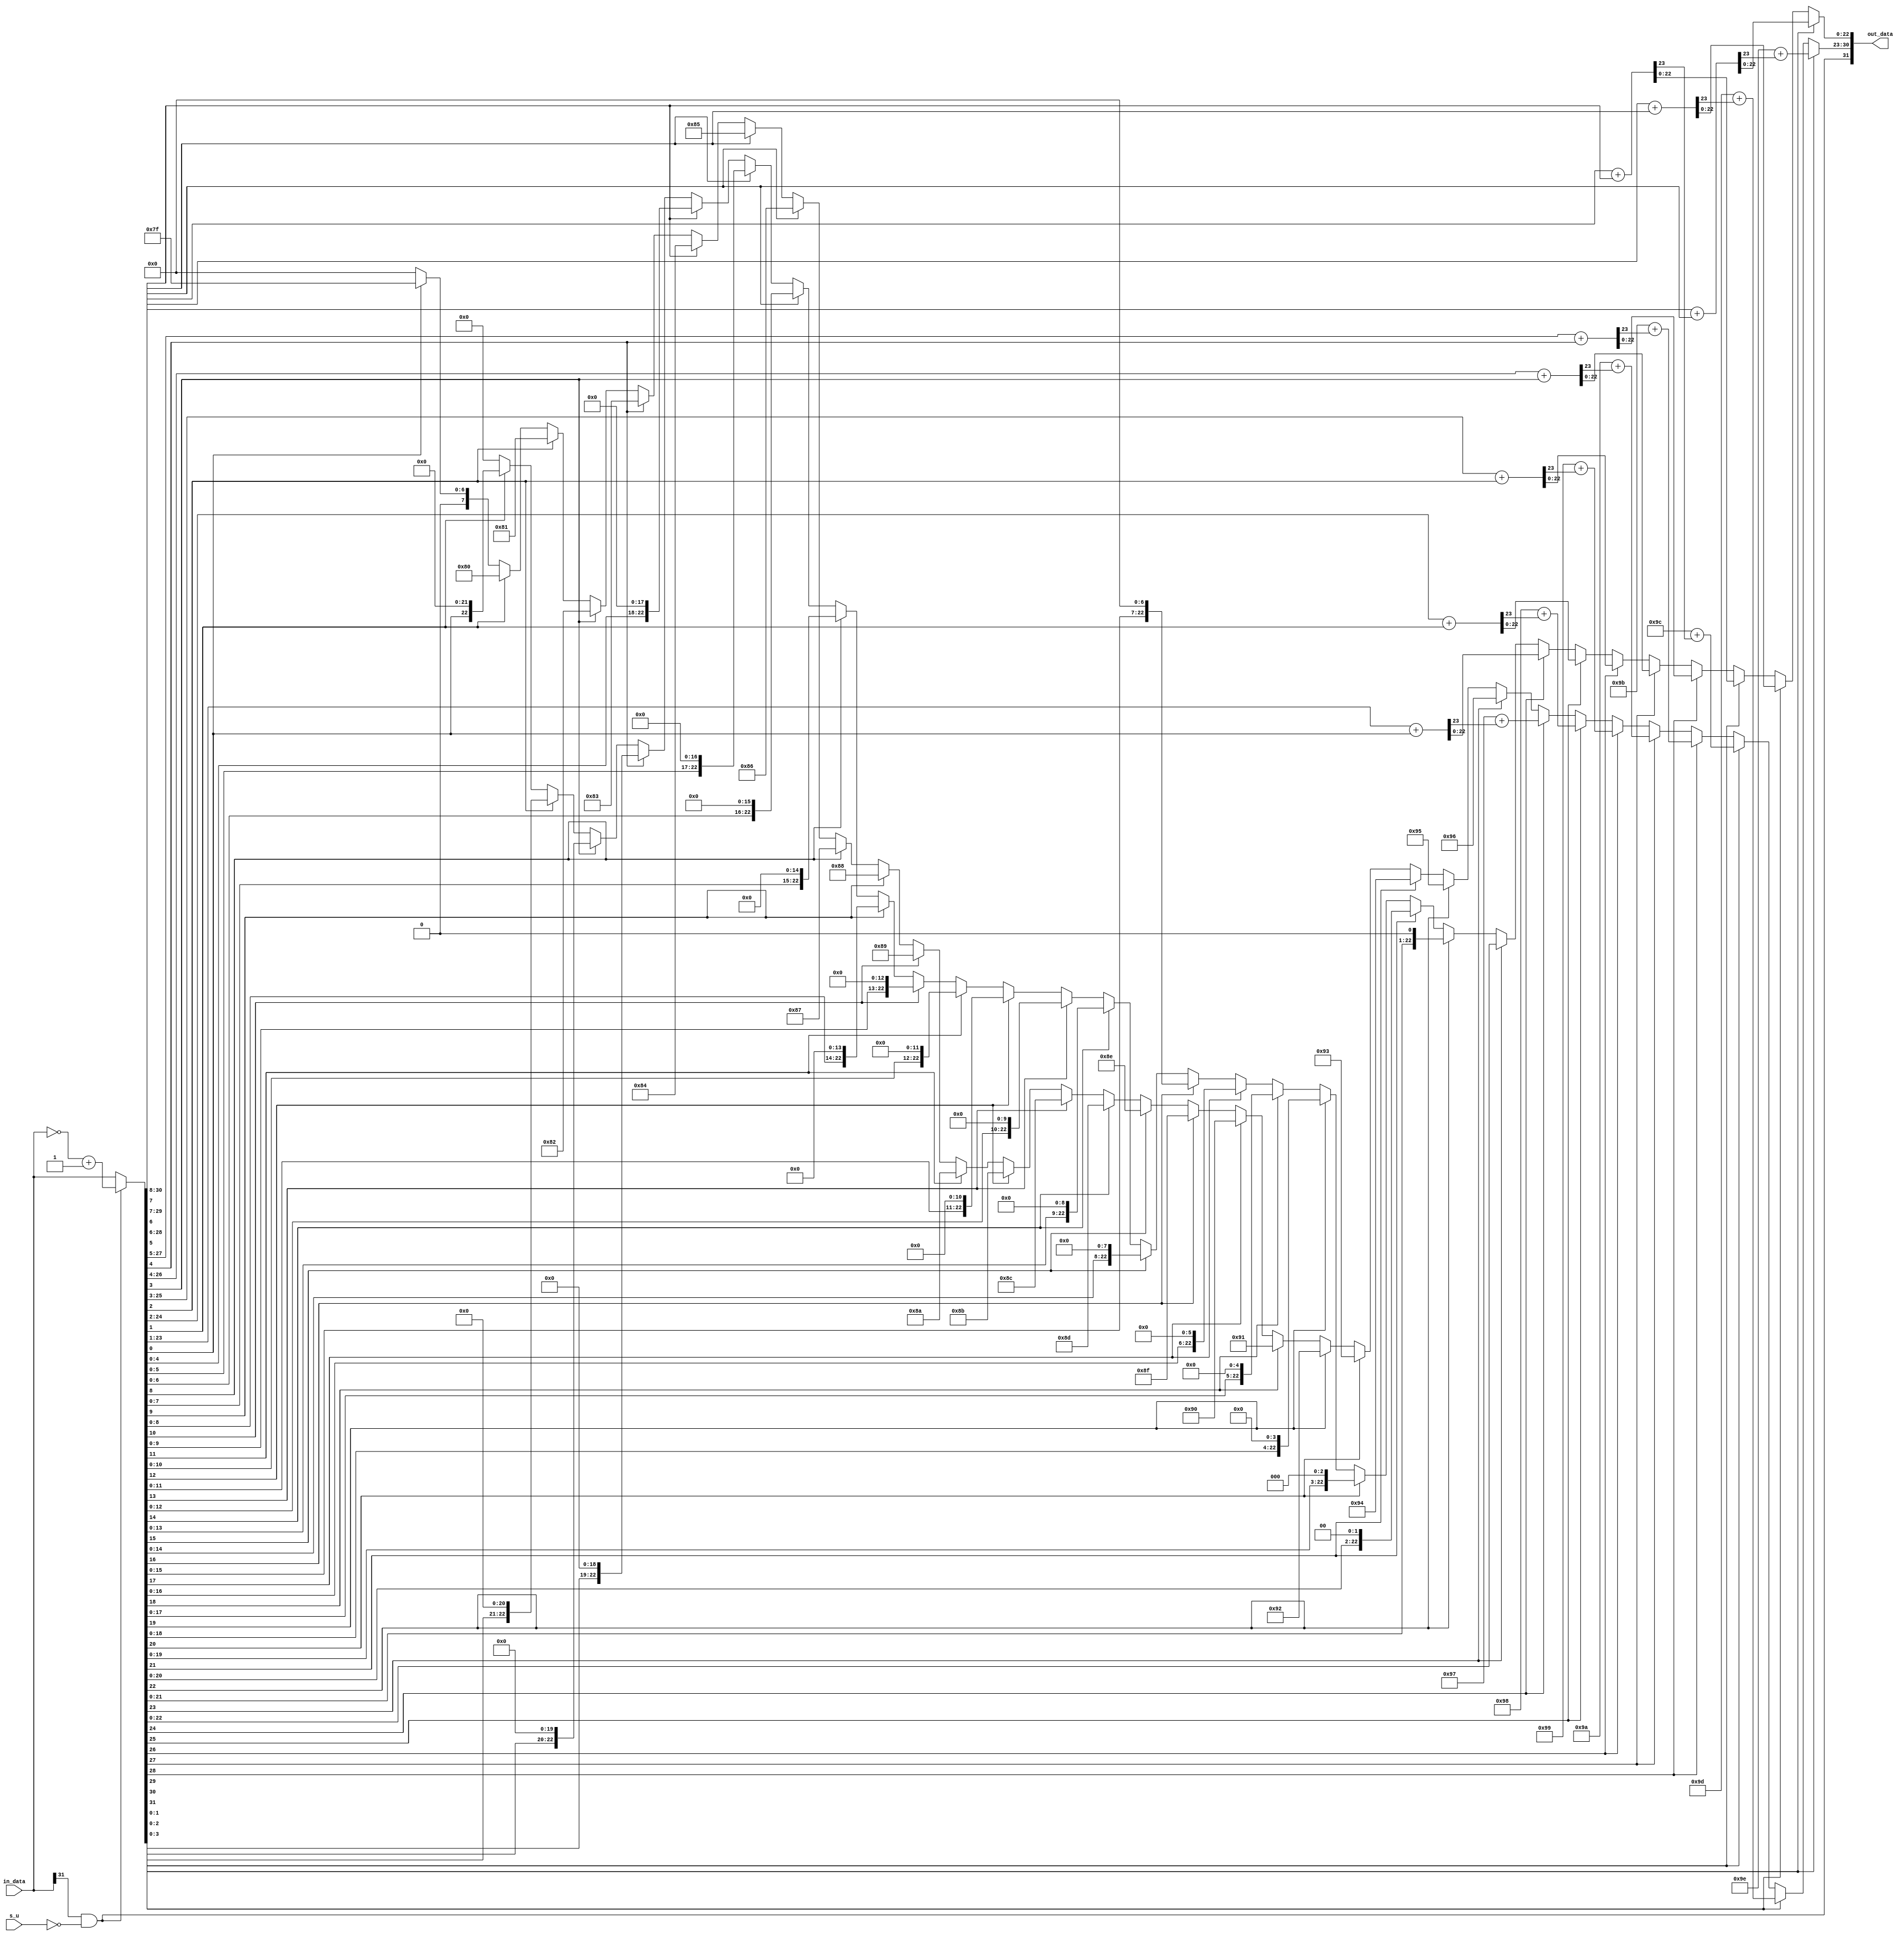
//Convert 32-bit signed/unsignd integer into 32-bit floating point number. 
//s_u ==0  (signd) 
//s_u ==1  (unsignd)
module fp_cvt_i_f (input s_u, input [31:0] in_data, output [31:0] out_data);
wire fp_sign;
reg [7:0] fp_exp;
reg [22:0] fp_man;
wire [31:0] integer_num;
reg c;

assign integer_num = (in_data[31] & !s_u) ? (~ in_data + 1'b1) : in_data  ;
assign fp_sign = in_data[31] & !s_u;

always @(*) begin
c=1'b0;
     if(integer_num[31]) 	begin {c,fp_man}= integer_num[30:8]+integer_num[7]; 	fp_exp=8'd127+5'd31+c; end
else if(integer_num[30]) 	begin {c,fp_man}= integer_num[29:7]+integer_num[6]; 	fp_exp=8'd127+5'd30+c; end
else if(integer_num[29]) 	begin {c,fp_man}= integer_num[28:6]+integer_num[5]; 	fp_exp=8'd127+5'd29+c; end
else if(integer_num[28]) 	begin {c,fp_man}= integer_num[27:5]+integer_num[4]; 	fp_exp=8'd127+5'd28+c; end
else if(integer_num[27]) 	begin {c,fp_man}= integer_num[26:4]+integer_num[3]; 	fp_exp=8'd127+5'd27+c; end
else if(integer_num[26]) 	begin {c,fp_man}= integer_num[25:3]+integer_num[2]; 	fp_exp=8'd127+5'd26+c; end
else if(integer_num[25]) 	begin {c,fp_man}= integer_num[24:2]+integer_num[1];  	fp_exp=8'd127+5'd25+c; end
else if(integer_num[24]) 	begin {c,fp_man}= integer_num[23:1]+integer_num[0];    fp_exp=8'd127+5'd24+c; end
else if(integer_num[23]) 	begin    fp_man= integer_num[22:0];       				fp_exp=8'd127+5'd23; end
else if(integer_num[22]) 	begin    fp_man={integer_num[21:0],1'd0}; 				fp_exp=8'd127+5'd22; end
else if(integer_num[21]) 	begin    fp_man={integer_num[20:0],2'd0}; 				fp_exp=8'd127+5'd21; end
else if(integer_num[20]) 	begin    fp_man={integer_num[19:0],3'd0}; 				fp_exp=8'd127+5'd20; end
else if(integer_num[19]) 	begin    fp_man={integer_num[18:0],4'd0}; 				fp_exp=8'd127+5'd19; end
else if(integer_num[18]) 	begin    fp_man={integer_num[17:0],5'd0}; 				fp_exp=8'd127+5'd18; end
else if(integer_num[17]) 	begin    fp_man={integer_num[16:0],6'd0}; 				fp_exp=8'd127+5'd17; end
else if(integer_num[16]) 	begin    fp_man={integer_num[15:0],7'd0}; 				fp_exp=8'd127+5'd16; end
else if(integer_num[15]) 	begin    fp_man={integer_num[14:0],8'd0}; 				fp_exp=8'd127+5'd15; end
else if(integer_num[14]) 	begin    fp_man={integer_num[13:0],9'd0}; 				fp_exp=8'd127+5'd14; end
else if(integer_num[13]) 	begin    fp_man={integer_num[12:0],10'd0};				fp_exp=8'd127+5'd13; end
else if(integer_num[12]) 	begin    fp_man={integer_num[11:0],11'd0};				fp_exp=8'd127+5'd12; end
else if(integer_num[11]) 	begin    fp_man={integer_num[10:0],12'd0};				fp_exp=8'd127+5'd11; end
else if(integer_num[10]) 	begin    fp_man={integer_num[9:0],13'd0}; 				fp_exp=8'd127+5'd10; end
else if(integer_num[9])  	begin    fp_man={integer_num[8:0],14'd0}; 				fp_exp=8'd127+5'd9; end
else if(integer_num[8])  	begin    fp_man={integer_num[7:0],15'd0}; 				fp_exp=8'd127+5'd8; end
else if(integer_num[7])  	begin    fp_man={integer_num[6:0],16'd0}; 				fp_exp=8'd127+5'd7; end
else if(integer_num[6])  	begin    fp_man={integer_num[5:0],17'd0}; 				fp_exp=8'd127+5'd6; end
else if(integer_num[5])  	begin    fp_man={integer_num[4:0],18'd0}; 				fp_exp=8'd127+5'd5; end
else if(integer_num[4])  	begin    fp_man={integer_num[3:0],19'd0}; 				fp_exp=8'd127+5'd4; end
else if(integer_num[3])  	begin    fp_man={integer_num[2:0],20'd0}; 				fp_exp=8'd127+5'd3; end
else if(integer_num[2])  	begin    fp_man={integer_num[1:0],21'd0}; 				fp_exp=8'd127+5'd2; end
else if(integer_num[1])  	begin    fp_man={integer_num[0],22'd0};   				fp_exp=8'd127+5'd1; end
else if(integer_num[0])  	begin    fp_man=23'd0;                    				fp_exp=8'd127; end
else                     	begin    fp_man=23'd0;                    				fp_exp=8'd0; end
end

assign out_data={fp_sign,fp_exp,fp_man};
endmodule